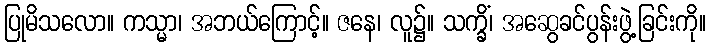
ပြုမိသလော။ ကသ္မာ၊ အဘယ်ကြောင့်။ ဇနေ၊ လူ၌။ သက္ခိံ၊ အဆွေခင်ပွန်းဖွဲ့ခြင်းကို။